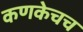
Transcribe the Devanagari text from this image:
कणकेचच